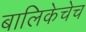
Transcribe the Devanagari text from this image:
बालिकेचेच